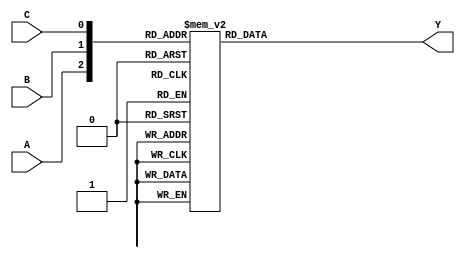
//Behavioural Modelling for 3 to 8 Decoder

module decoder_3_to_8_beh(A, B, C, Y);
input A, B, C; output [7:0]Y; reg [7:0]Y;
always @ (A or B or C)
begin
case({A, B, C})
3'b000 : begin Y[0] = 1; Y[1] = 0; Y[2] = 0; Y[3] = 0; Y[4] = 0; Y[5] = 0; Y[6] = 0; Y[7] = 0; end
3'b001 : begin Y[0] = 0; Y[1] = 1; Y[2] = 0; Y[3] = 0; Y[4] = 0; Y[5] = 0; Y[6] = 0; Y[7] = 0; end
3'b010 : begin Y[0] = 0; Y[1] = 0; Y[2] = 1; Y[3] = 0; Y[4] = 0; Y[5] = 0; Y[6] = 0; Y[7] = 0; end
3'b011 : begin Y[0] = 0; Y[1] = 0; Y[2] = 0; Y[3] = 1; Y[4] = 0; Y[5] = 0; Y[6] = 0; Y[7] = 0; end
3'b100 : begin Y[0] = 0; Y[1] = 0; Y[2] = 0; Y[3] = 0; Y[4] = 1; Y[5] = 0; Y[6] = 0; Y[7] = 0; end
3'b101 : begin Y[0] = 0; Y[1] = 0; Y[2] = 0; Y[3] = 0; Y[4] = 0; Y[5] = 1; Y[6] = 0; Y[7] = 0; end
3'b110 : begin Y[0] = 0; Y[1] = 0; Y[2] = 0; Y[3] = 0; Y[4] = 0; Y[5] = 0; Y[6] = 1; Y[7] = 0; end
3'b111 : begin Y[0] = 0; Y[1] = 0; Y[2] = 0; Y[3] = 0; Y[4] = 0; Y[5] = 0; Y[6] = 0; Y[7] = 1; end
endcase
end
endmodule